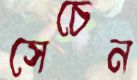
সেচেন